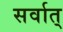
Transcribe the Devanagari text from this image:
सर्वात्